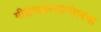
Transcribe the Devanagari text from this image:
गीतारहस्यानंतरचा